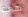
هي